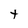
Character: t